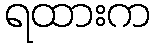
ရထားက